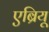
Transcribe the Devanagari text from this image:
एब्रियू